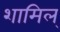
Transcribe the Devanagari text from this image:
शामिल्